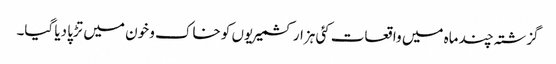
گزشتہ چند ماہ میں واقعات کئی ہزار کشمیریوں کو خاک و خون میں تڑپا دیا گیا۔